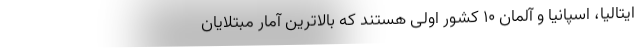
ایتالیا، اسپانیا و آلمان ۱۰ کشور اولی هستند که بالاترین آمار مبتلایان